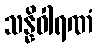
သန္နိဝါရဏံ